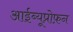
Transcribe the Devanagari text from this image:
आईब्यूप्रोफ़न